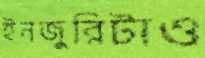
ইনজুরিটাও